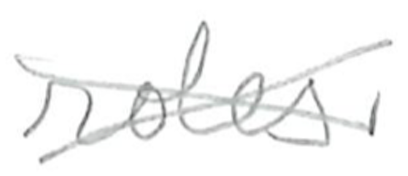
Text: roles.
Cross-out: cross
Writing tool: pencil